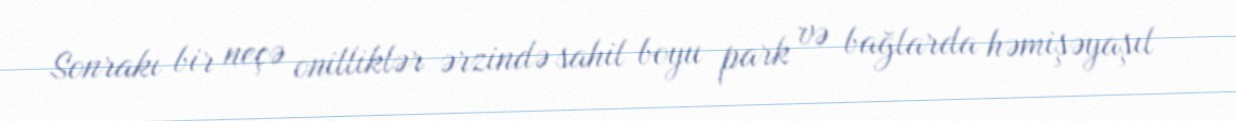
Sonrakı bir neçə onilliklər ərzində sahil boyu park və bağlarda həmişəyaşıl